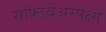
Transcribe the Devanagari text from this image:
सॉफ्टवेअरपेक्षा